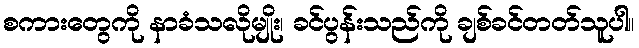
စကားတွေကို နာခံသလိုမျိုး၊ ခင်ပွန်းသည်ကို ချစ်ခင်တတ်သူပါ။